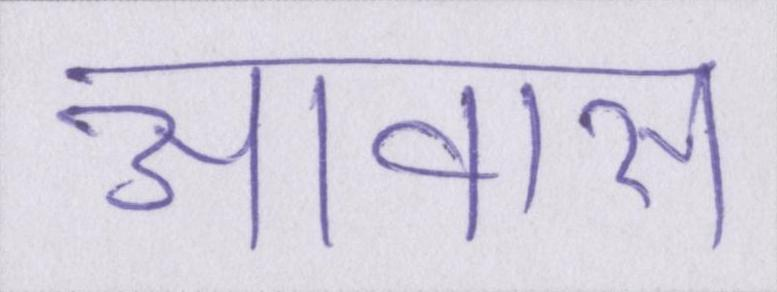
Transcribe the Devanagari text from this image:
आवास